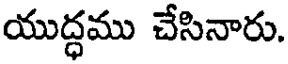
యుద్ధము చేసినారు.